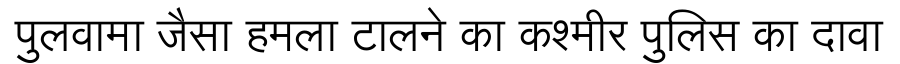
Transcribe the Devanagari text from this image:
पुलवामा जैसा हमला टालने का कश्मीर पुलिस का दावा